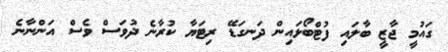
ގައުމީ ޖާޒީ ބާލައި ފުޓްބޯޅައިން ދަނގަޑޭ ރިޓަޔާ ކުރާނެ ދުވަސް ވެސް އަންނާނެ